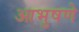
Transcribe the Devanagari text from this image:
आभुषणे